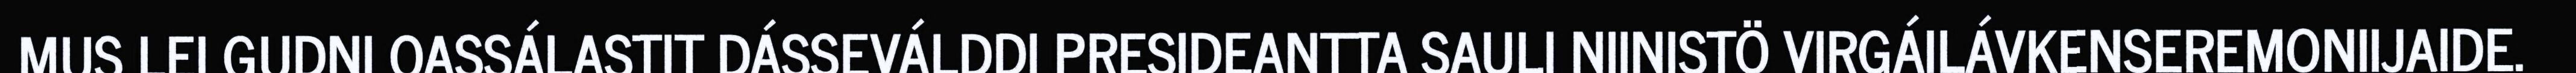
MUS LEI GUDNI OASSÁLASTIT DÁSSEVÁLDDI PRESIDEANTTA SAULI NIINISTÖ VIRGÁILÁVKENSEREMONIIJAIDE.